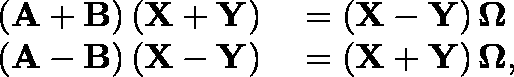
\begin{array} { r l } { \left( \mathbf { A } + \mathbf { B } \right) \left( \mathbf { X } + \mathbf { Y } \right) } & { { } = \left( \mathbf { X } - \mathbf { Y } \right) \mathbf { \Omega } } \\ { \left( \mathbf { A } - \mathbf { B } \right) \left( \mathbf { X } - \mathbf { Y } \right) } & { { } = \left( \mathbf { X } + \mathbf { Y } \right) \mathbf { \Omega } , } \end{array}